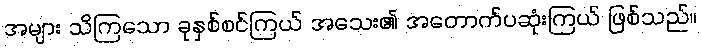
အများ သိကြသော ခုနှစ်စင်ကြယ် အသေး၏ အတောက်ပဆုံးကြယ် ဖြစ်သည်။